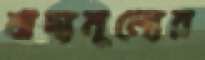
খাদ্যমূল্যের